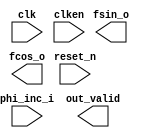

module nco (
	clk,
	clken,
	phi_inc_i,
	fsin_o,
	fcos_o,
	out_valid,
	reset_n);	

	input		clk;
	input		clken;
	input	[31:0]	phi_inc_i;
	output	[17:0]	fsin_o;
	output	[17:0]	fcos_o;
	output		out_valid;
	input		reset_n;
endmodule